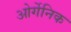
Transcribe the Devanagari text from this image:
ओर्गेनिक